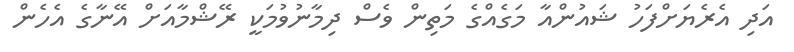
އަދި އެރެޔަށްފަހު ޝައުންއާ މަގެއްގެ މަތިން ވެސް ދިމާނުވުމަކީ ރޭޝްމާއަށް އޭނާގެ އެހެން